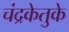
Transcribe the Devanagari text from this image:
चंद्रकेतुके